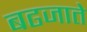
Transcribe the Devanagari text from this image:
बढजाते